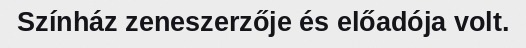
Színház zeneszerzője és előadója volt.